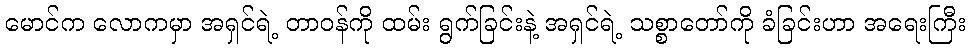
မောင်က လောကမှာ အရှင်ရဲ့ တာဝန်ကို ထမ်း ရွက်ခြင်းနဲ့ အရှင်ရဲ့ သစ္စာတော်ကို ခံခြင်းဟာ အရေးကြီး